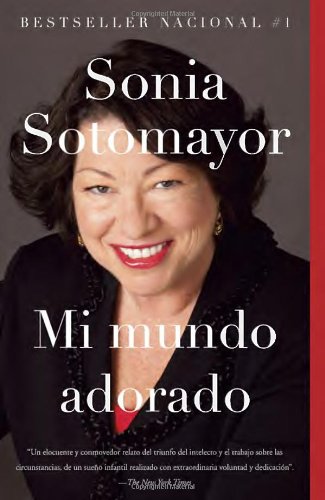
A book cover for Mi mundo adorado (Spanish Edition); Sonia Sotomayor; Law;